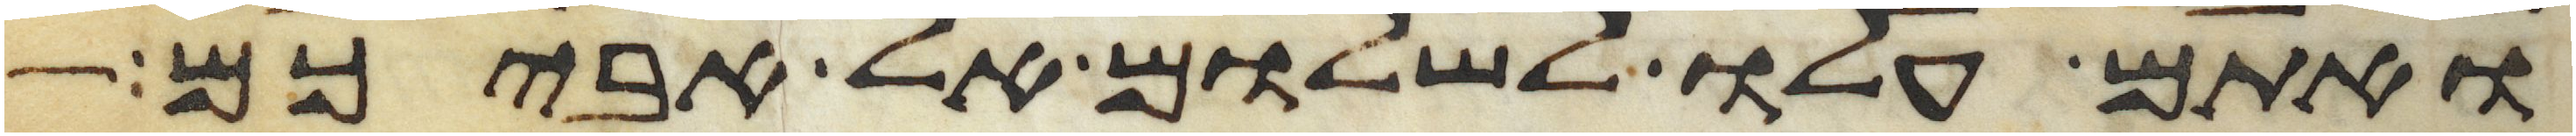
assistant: ואתם עלו לשלום אל אביכם